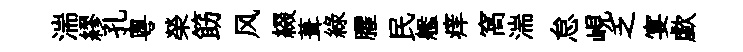
湍繆孔粤榮筯风綴葺綠臞民艦痒窩湍怠峴乏宴歔